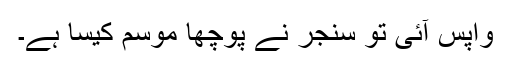
واپس آئی تو سنجر نے پوچھا موسم کیسا ہے۔